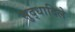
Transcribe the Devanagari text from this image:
सुद्धादिले